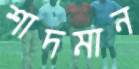
শাদমান